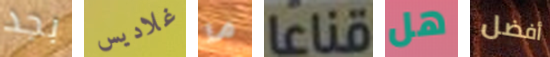
بجد غلاديس ما قناعا هل أفضل